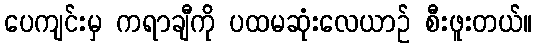
ပေကျင်းမှ ကရာချီကို ပထမဆုံးလေယာဉ် စီးဖူးတယ်။